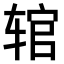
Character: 𫐑